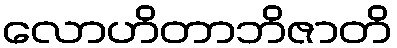
လောဟိတာဘိဇာတိ